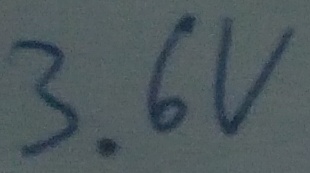
Text: 3.6V